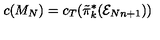
c ( M _ { N } ) = c _ { T } ( \tilde { \pi } _ { k } ^ { * } ( { \cal E } _ { N n + 1 } ) )